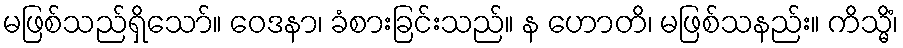
မဖြစ်သည်ရှိသော်။ ဝေဒနာ၊ ခံစားခြင်းသည်။ န ဟောတိ၊ မဖြစ်သနည်း။ ကိသ္မိံ၊